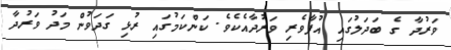
ވަރުދާ ގެ ބަދަލުގައި އުފާވެރި ވަރުދާއެކެވެ. ކަންކަމުގައި ރުޅި ގަދަވުން މަދުު ވަރުދާ